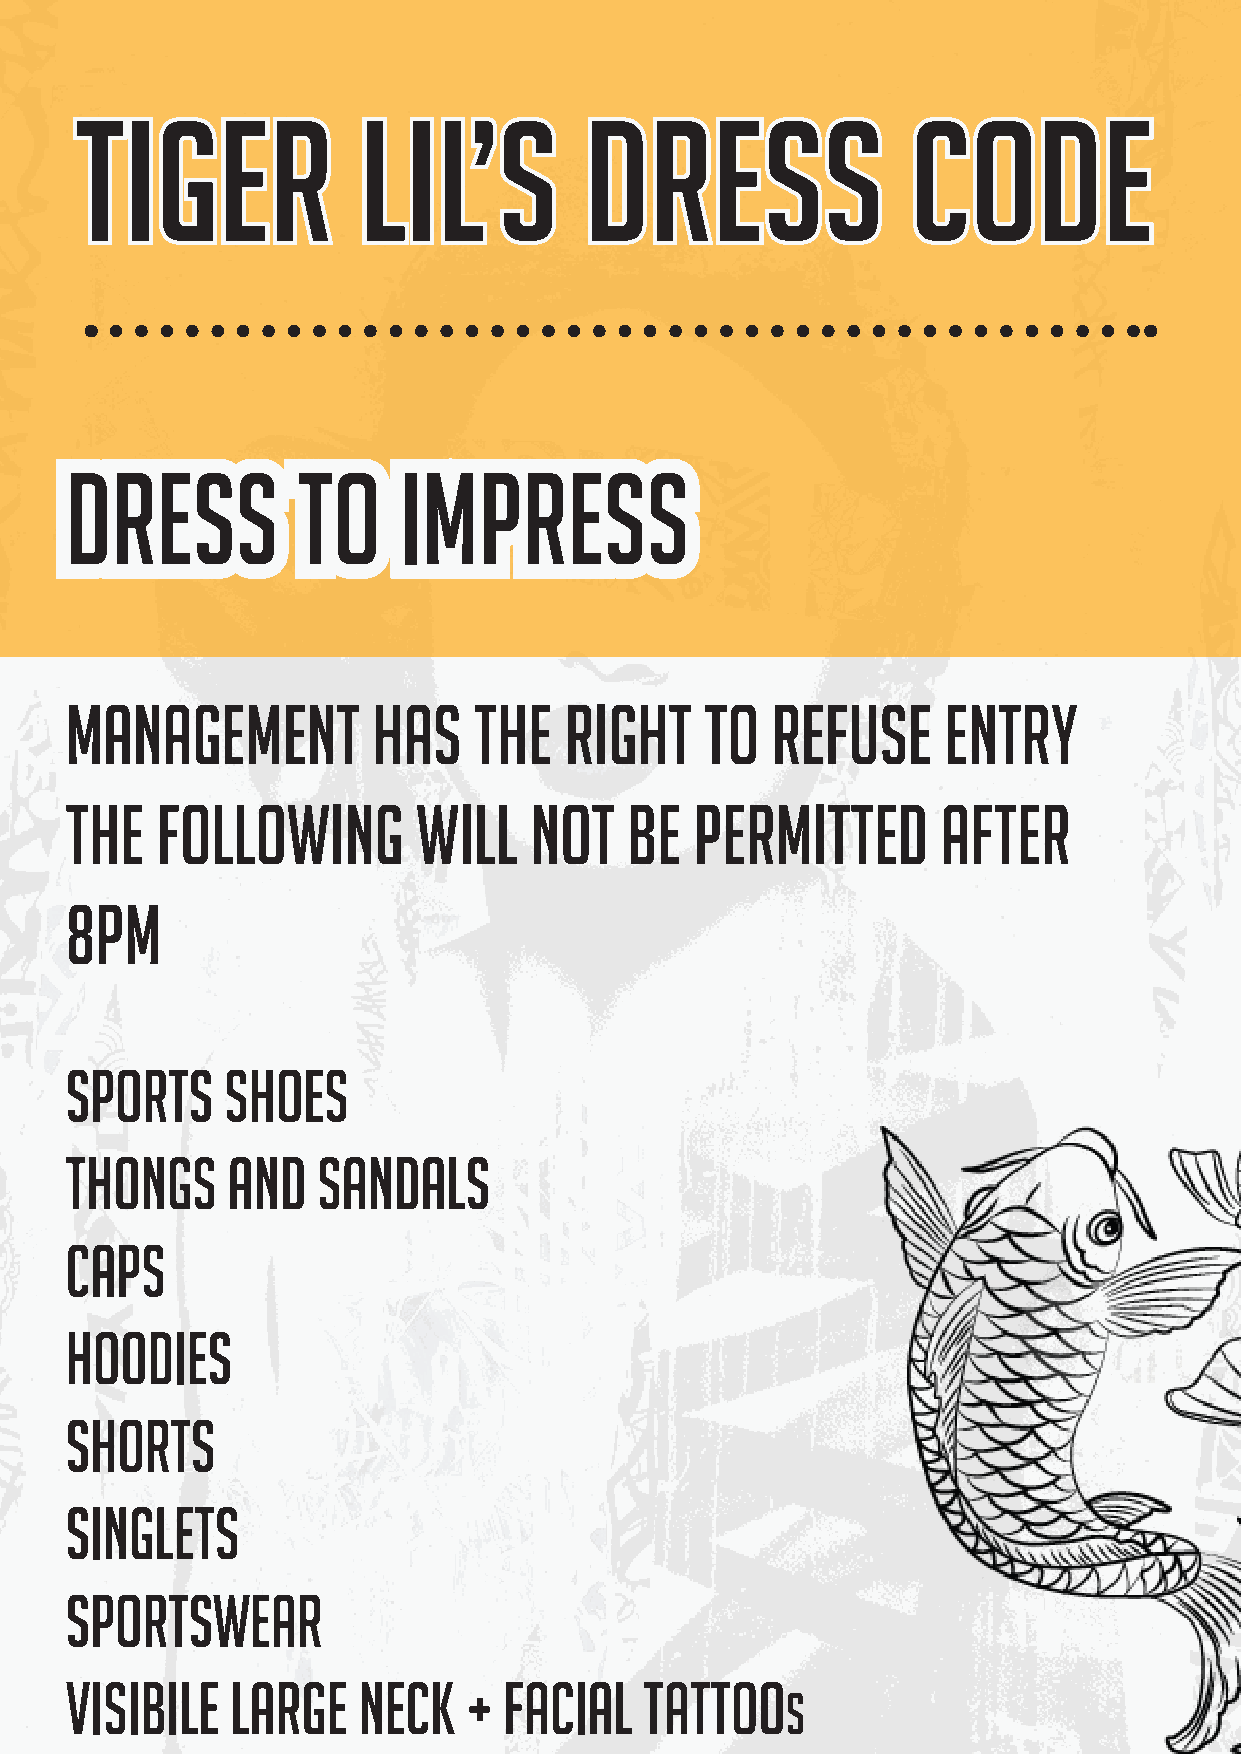
TIGER              LIL’S          DRESS                CODE
 DRESS           TO    IMPRESS
 MANAGEMENT           HAS   THE   RIGHT     TO  REFUSE     ENTRY
 THE   FOLLOWING         WILL   NOT    BE  PERMITTED       AFTER
 8PM
 SPORTS     SHOES
 THONGS     AND   SANDALS
 CAPS
 HOODIES
 SHORTS
 SINGLETS
 SPORTSWEAR
 VISIBILE   LARGE    NECK   + FACIAL    TATTOO
 S